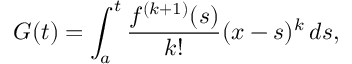
G ( t ) = \int _ { a } ^ { t } { \frac { f ^ { ( k + 1 ) } ( s ) } { k ! } } ( x - s ) ^ { k } \, d s ,